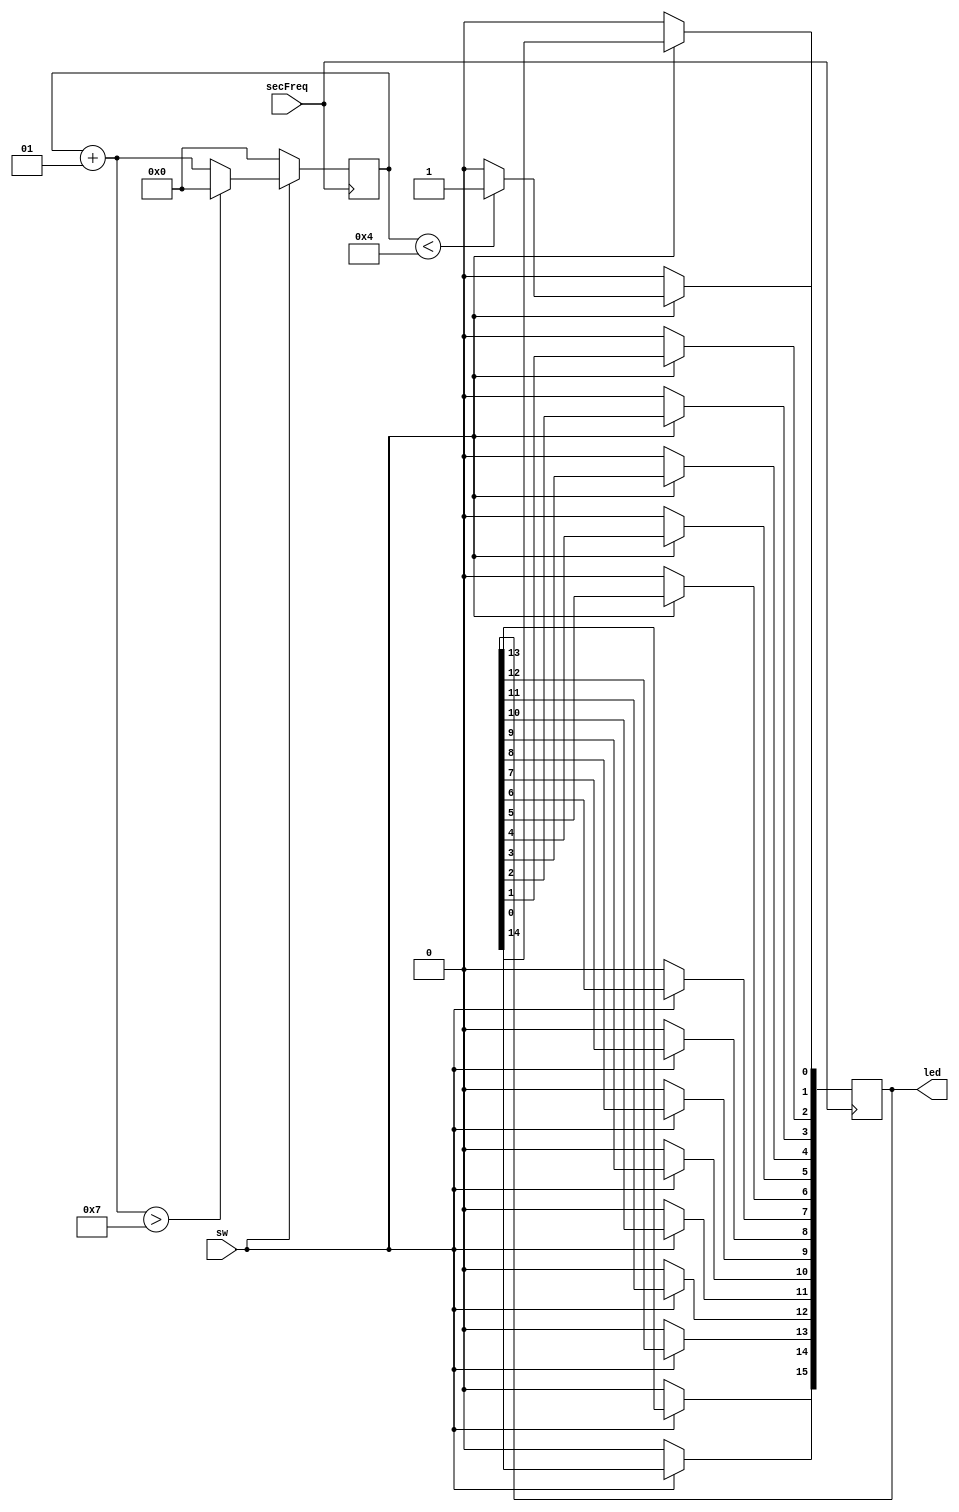
`timescale 1ns / 1ps
//////////////////////////////////////////////////////////////////////////////////
// Company: 
// Engineer: 
// 
// Design Name: 
// Module Name: ledtimer
// Project Name: 
// Target Devices: 
// Tool Versions: 
// Description: 
// 
// Dependencies: 
// 
// Revision:
// Revision 0.01 - File Created
// Additional Comments:
// 
//////////////////////////////////////////////////////////////////////////////////


module ledtimer(
        input secFreq,
        input sw,
        output reg [15:0] led
    );
        
    integer i = 0;
    integer x;
    
    always @(posedge secFreq) begin
        if(sw) begin
            //shift leds
            for(x = 0; x < 15; x = x + 1) begin
                led[x + 1] <= led[x];
            end
            led[0] <= 0;
            
            if(i < 4)
               led[0] <= 1;
            i = i + 1;
            
            if(i > 7)
                i <= 0;
        end else begin
            led[15:0] <= 0;
            i = 0;
        end
    end
endmodule